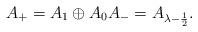
LaTeX: \begin{align*}A_+ = A_1 \oplus A_0 A_- = A_{\lambda - \frac{1}{2}}.\end{align*}